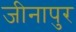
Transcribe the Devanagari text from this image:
जीनापुर